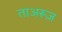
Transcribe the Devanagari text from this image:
ताअरूज़